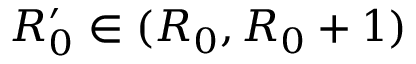
R _ { 0 } ^ { \prime } \in ( R _ { 0 } , R _ { 0 } + 1 )